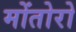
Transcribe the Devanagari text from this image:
मोंतोरो